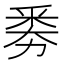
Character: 𠢏